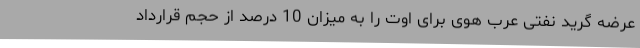
عرضه گرید نفتی عرب هوی برای اوت را به میزان 10 درصد از حجم قرارداد